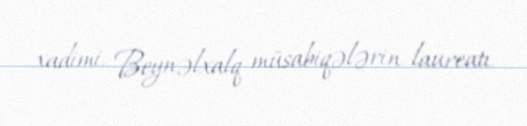
xadimi, Beynəlxalq müsabiqələrin laureatı.